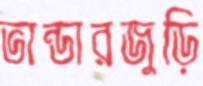
ভান্ডারজুড়ি